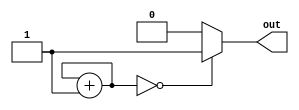
module s3(out);
    output out;
    reg [1:0] q;
    assign out = (q == 2'd0) ?
        1'b1 : 1'b0;
    initial q <= 2'd0;
    always #1 q <= q + 2'd1;
endmodule

module testbench;
    reg c;
    wire s3;
    initial begin
        $monitor("%t c:%b s3:%b", $time, c, s3);
        c <= 1'b0;
        #15 $finish;
    end

    always #1 c <= ~c;

    s3 inst0 (s3);
endmodule